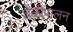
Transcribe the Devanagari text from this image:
शेळीपालन